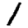
Digit: 1